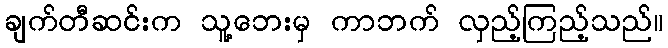
ချက်တီဆင်းက သူ့ဘေးမှ ကာဘက် လှည့်ကြည့်သည်။